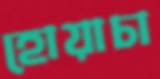
হোয়াচা